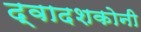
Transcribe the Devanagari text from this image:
द्वादशकोनी